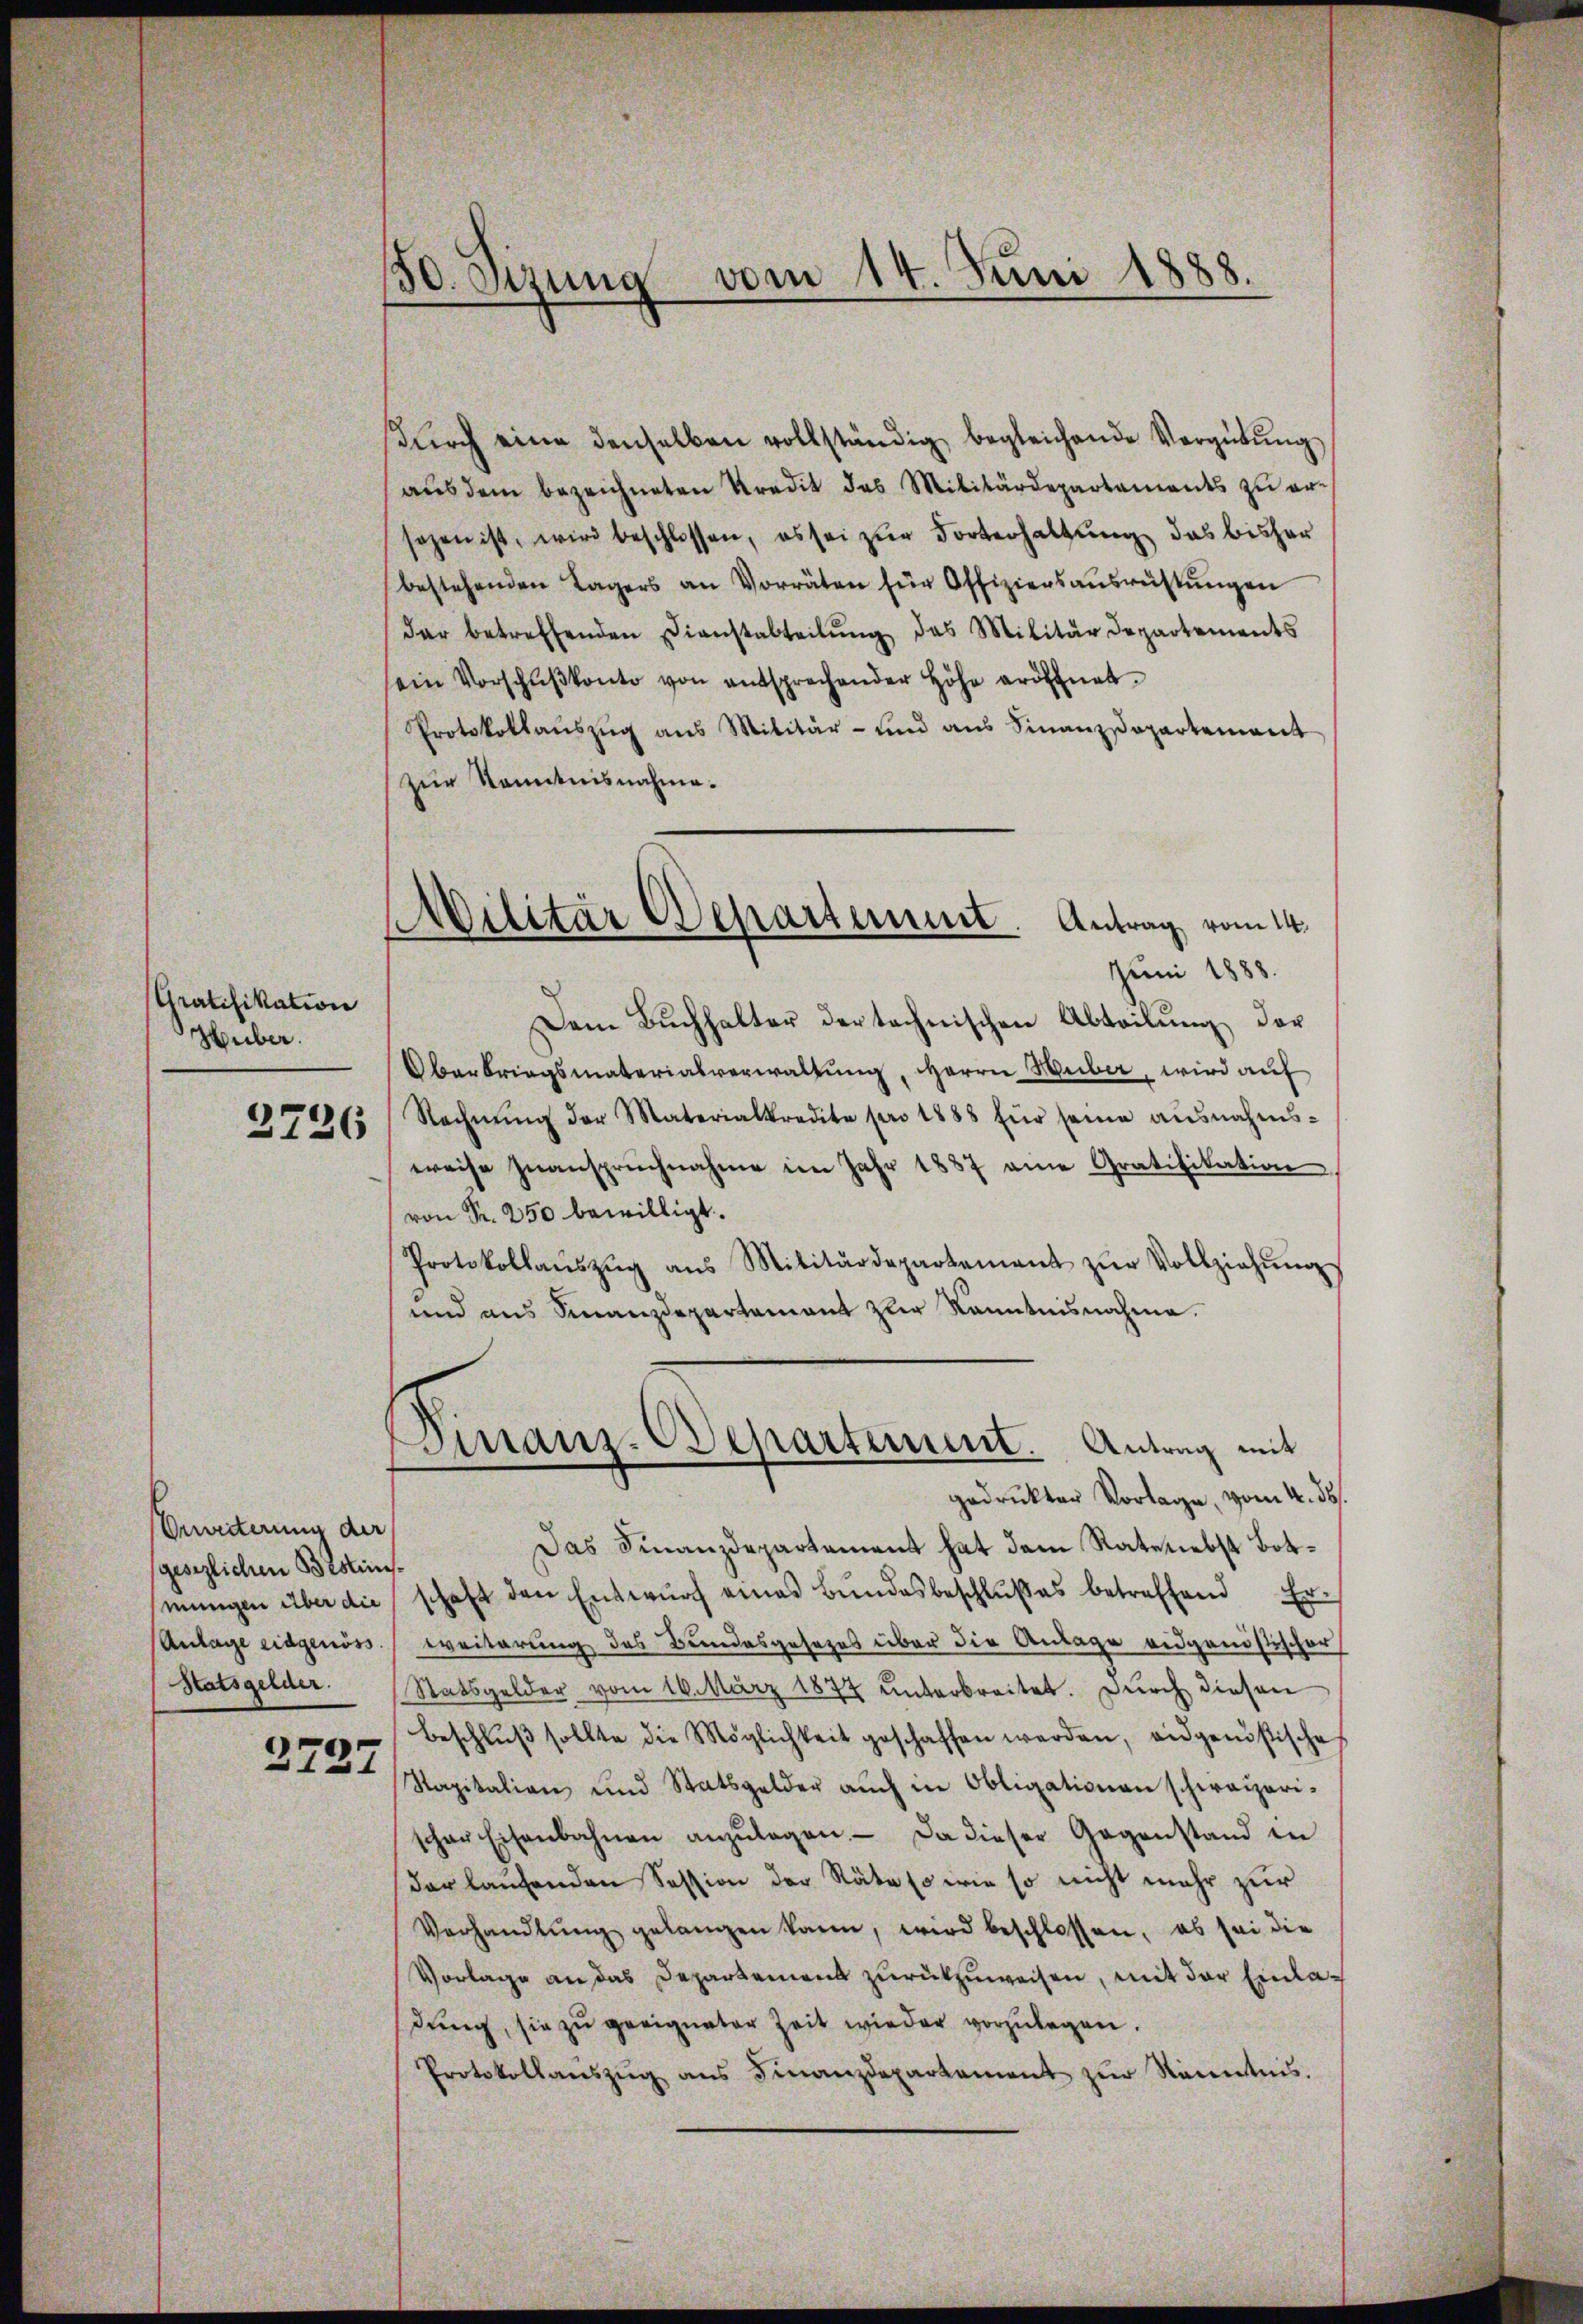
Gratifikation
Huber.

2726

Breiterung der
gesezlichen Bestinsmungen über die
Anlage eidgenöss.

2727

30. Sizung vom 14. Juni 1888.

Militär Departement. Antrag vom 14.
Juni 1888.

sŭrch eine denselben vollständig begleichende Vergütŭng
aŭs dem bezeichneten Kredit des Militärdepartements zu ersagen ist, wird beschlossen, es sei zur Dorterhaltung das bisher
bestehenden Lagers an Vorräten für Offiziersausrüstŭngen
dar betreffenden Dienstabteilŭng des Militärdepartements
sein Vorschŭβkonto von entsprechender Höhe eröffnet.
Protokollaŭszŭg ans Militär- und aus Finanzdepartement
zur Kenntnisnahme.
Dem Buchhalter der technischen Abteilung der
Oberbringsmaterialverwaltung, Herrn Huber, wird auf
Rechnŭng der Materialkredite pro 1888 für seine ausnahms-
weise zŭanspruchnahme im Jahr 1837 eine Gratifikation
von Fr. 250 bewilligt.
Protokollaŭszŭg ans Militärdepartement zŭr Vollziehŭng
und aus Finanzdepartement zur Kenntnisnahme.
Dinanz-Departement. Antrag mit
gedruckter Vorlage, vom 4. ds.
Das Finanzdepartement hat dem Rateliebst Botschaft den Entwŭrf eines Bŭndesbeschlŭβes betreffend Er-
weiterung des Bundesgesezes über die Anlage eidgenössischer
Statsgelder Statsgelder vom 16. März 1877 unterbreitet. Durch diesen
Beschlŭβ sollte die Möglichkeit geschaffen werden, eidgenössische
Rapitalian und Statsgelder auch in Obligationen schweizerischer Eisenbahnen anzŭlagen. Da dieser Gegenstand in
dar laufenden Session der Räte so wie so nicht mehr zur
Verhandlŭng gelangen kann, wird beschlossen, es sei die
Vorlage an das Departement zurückzuweisen, mit der Einladung, sie zu geeigneter Zeit wieder vorzulegen.
Protokollanszŭg ans Finanzdepartament zŭr Kenntnis.